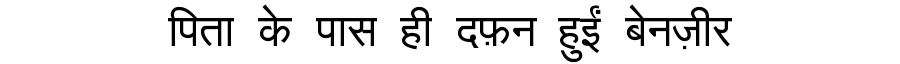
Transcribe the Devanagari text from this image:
पिता के पास ही दफ़न हुईं बेनज़ीर